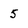
Character: 5